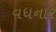
વધનાર